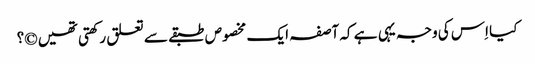
کیا اِس کی وجہ یہی ہے کہ آصفہ ایک مخصوص طبقے سے تعلق رکھتی تھیں ©؟